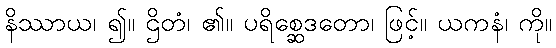
နိဿာယ၊ ၍။ ဌိတံ၊ ၏။ ပရိစ္ဆေဒတော၊ ဖြင့်။ ယကနံ၊ ကို။